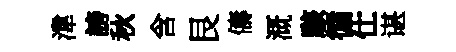
湋謗秋含艮儔溉駭循仕谌